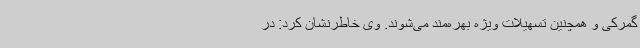
گمرکی و همچنین تسهیلات ویژه بهره‌مند می‌شوند. وی خاطرنشان کرد: در